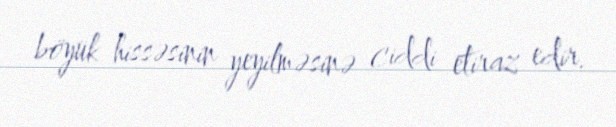
böyük hissəsinin yeyilməsinə ciddi etiraz edir.